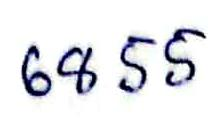
68 55